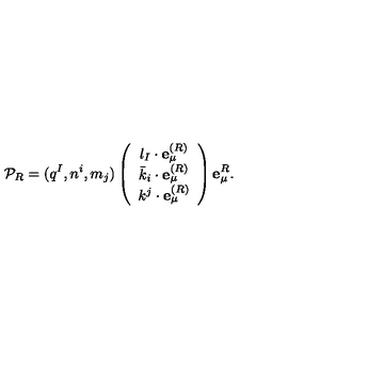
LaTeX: { \cal P } _ { R } = ( q ^ { I } , n ^ { i } , m _ { j } ) \left( \begin{array} { c } { l _ { I } \cdot { \bf e } _ { \mu } ^ { ( R ) } } \\ { { \bar { k } } _ { i } \cdot { \bf e } _ { \mu } ^ { ( R ) } } \\ { k ^ { j } \cdot { \bf e } _ { \mu } ^ { ( R ) } } \\ \end{array} \right) { \bf e } _ { \mu } ^ { R } .